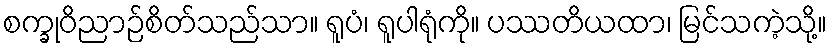
စက္ခုဝိညာဉ်စိတ်သည်သာ။ ရူပံ၊ ရူပါရုံကို။ ပဿတိယထာ၊ မြင်သကဲ့သို့။